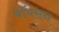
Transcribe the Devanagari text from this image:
बॉयसन